Lunatic asylums Central Provinces reports 1895-1909 - 1895-1909
Year: 1895
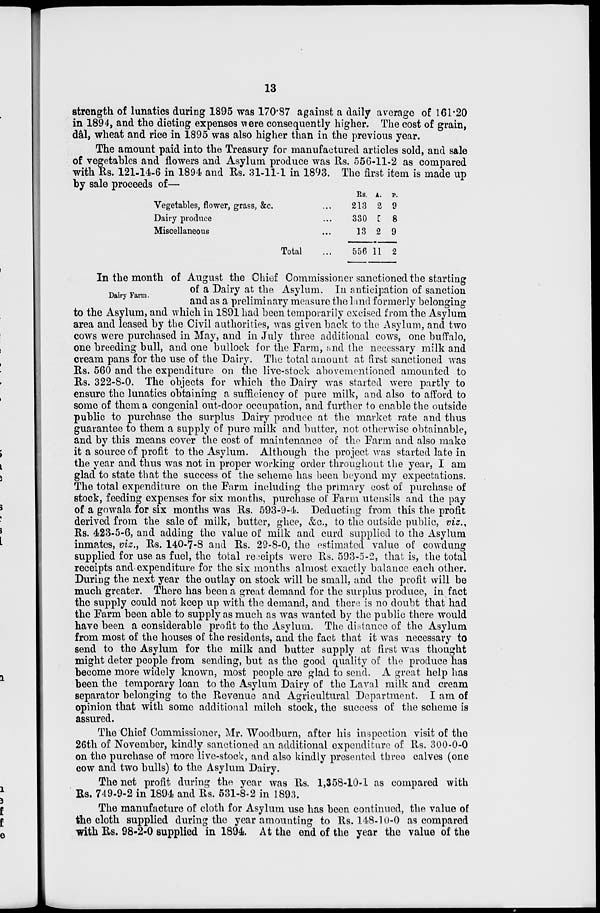
13
strength of lunatics during 1895 was 170.87 against a daily average of 161.20
in 1894, and the dieting expenses were consequently higher. The cost of grain,
dâl, wheat and rice in 1895 was also higher than in the previous year.
The amount paid into the Treasury for manufactured articles sold, and sale
of vegetables and flowers and Asylum produce was Rs. 556-11-2 as compared
with Rs. 121-14-6 in 1894 and Rs. 31-11-1 in 1893. The first item is made up
by sale proceeds of—
Vegetables, flower, grass, &c. ...
Dairy produce ...
Miscellaneous ...
Total ...
Rs.
213
330
13
556
A.
2
5
2
11
P.
9
8
9
2
Dairy Farm.
In the month of August the Chief Commissioner sanctioned the starting
of a Dairy at the Asylum. In anticipation of sanction
and as a preliminary measure the land formerly belonging
to the Asylum, and which in 1891 had been temporarily excised from the Asylum
area and leased by the Civil authorities, was given back to the Asylum, and two
cows were purchased in May, and in July three additional cows, one buffalo,
one breeding bull, and one bullock for the Farm, and the necessary milk and
cream pans for the use of the Dairy. The total amount at first sanctioned was
Rs. 560 and the expenditure on the live-stock abovementioned amounted to
Rs. 322-8-0. The objects for which the Dairy was started were partly to
ensure the lunatics obtaining a sufficiency of pure milk, and also to afford to
some of them a congenial out-door occupation, and further to enable the outside
public to purchase the surplus Dairy produce at the market rate and thus
guarantee to them a supply of pure milk and butter, not otherwise obtainable,
and by this means cover the cost of maintenance of the Farm and also make
it a source of profit to the Asylum. Although the project was started late in
the year and thus was not in proper working order throughout the year, I am
glad to state that the success of the scheme has been beyond my expectations.
The total expenditure on the Farm including the primary cost of purchase of
stock, feeding expenses for six months, purchase of Farm utensils and the pay
of a gowala for six months was Rs. 593-9-4. Deducting from this the profit
derived from the sale of milk, butter, ghee, &c., to the outside public, viz.,
Rs. 423-5-6, and adding the value of milk and curd supplied to the Asylum
inmates, viz., Rs. 140-7-8 and Rs. 29-8-0, the estimated value of cowdung
supplied for use as fuel, the total receipts were Rs. 593-5-2, that is, the total
receipts and expenditure for the six months almost exactly balance each other.
During the next year the outlay on stock will be small, and the profit will be
much greater. There has been a great demand for the surplus produce, in fact
the supply could not keep up with the demand, and there is no doubt that had
the Farm been able to supply as much as was wanted by the public there would
have been a considerable profit to the Asylum. The distance of the Asylum
from most of the houses of the residents, and the fact that it was necessary to
send to the Asylum for the milk and butter supply at first was thought
might deter people from sending, but as the good quality of the produce has
become more widely known, most people are glad to send. A great help has
been the temporary loan to the Asylum Dairy of the Laval milk and cream
separator belonging to the Revenue and Agricultural Department. I am of
opinion that with some additional milch stock, the success of the scheme is
assured.
The Chief Commissioner, Mr. Woodburn, after his inspection visit of the
26th of November, kindly sanctioned an additional expenditure of Rs. 300-0-0
on the purchase of more live-stock, and also kindly presented three calves (one
cow and two bulls) to the Asylum Dairy.
The net profit during the year was Rs. 1,358-10-1 as compared with
Rs. 749-9-2 in 1894 and Rs. 531-8-2 in 1893.
The manufacture of cloth for Asylum use has been continued, the value of
the cloth supplied during the year amounting to Rs. 148-10-0 as compared
with Rs. 98-2-0 supplied in 1894. At the end of the year the value of the